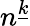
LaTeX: n^{\underline{{k}}}